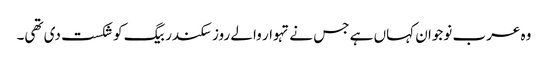
وہ عرب نوجوان کہاں ہے جس نے تہوار والے روز سکندر بیگ کو شکست دی تھی۔